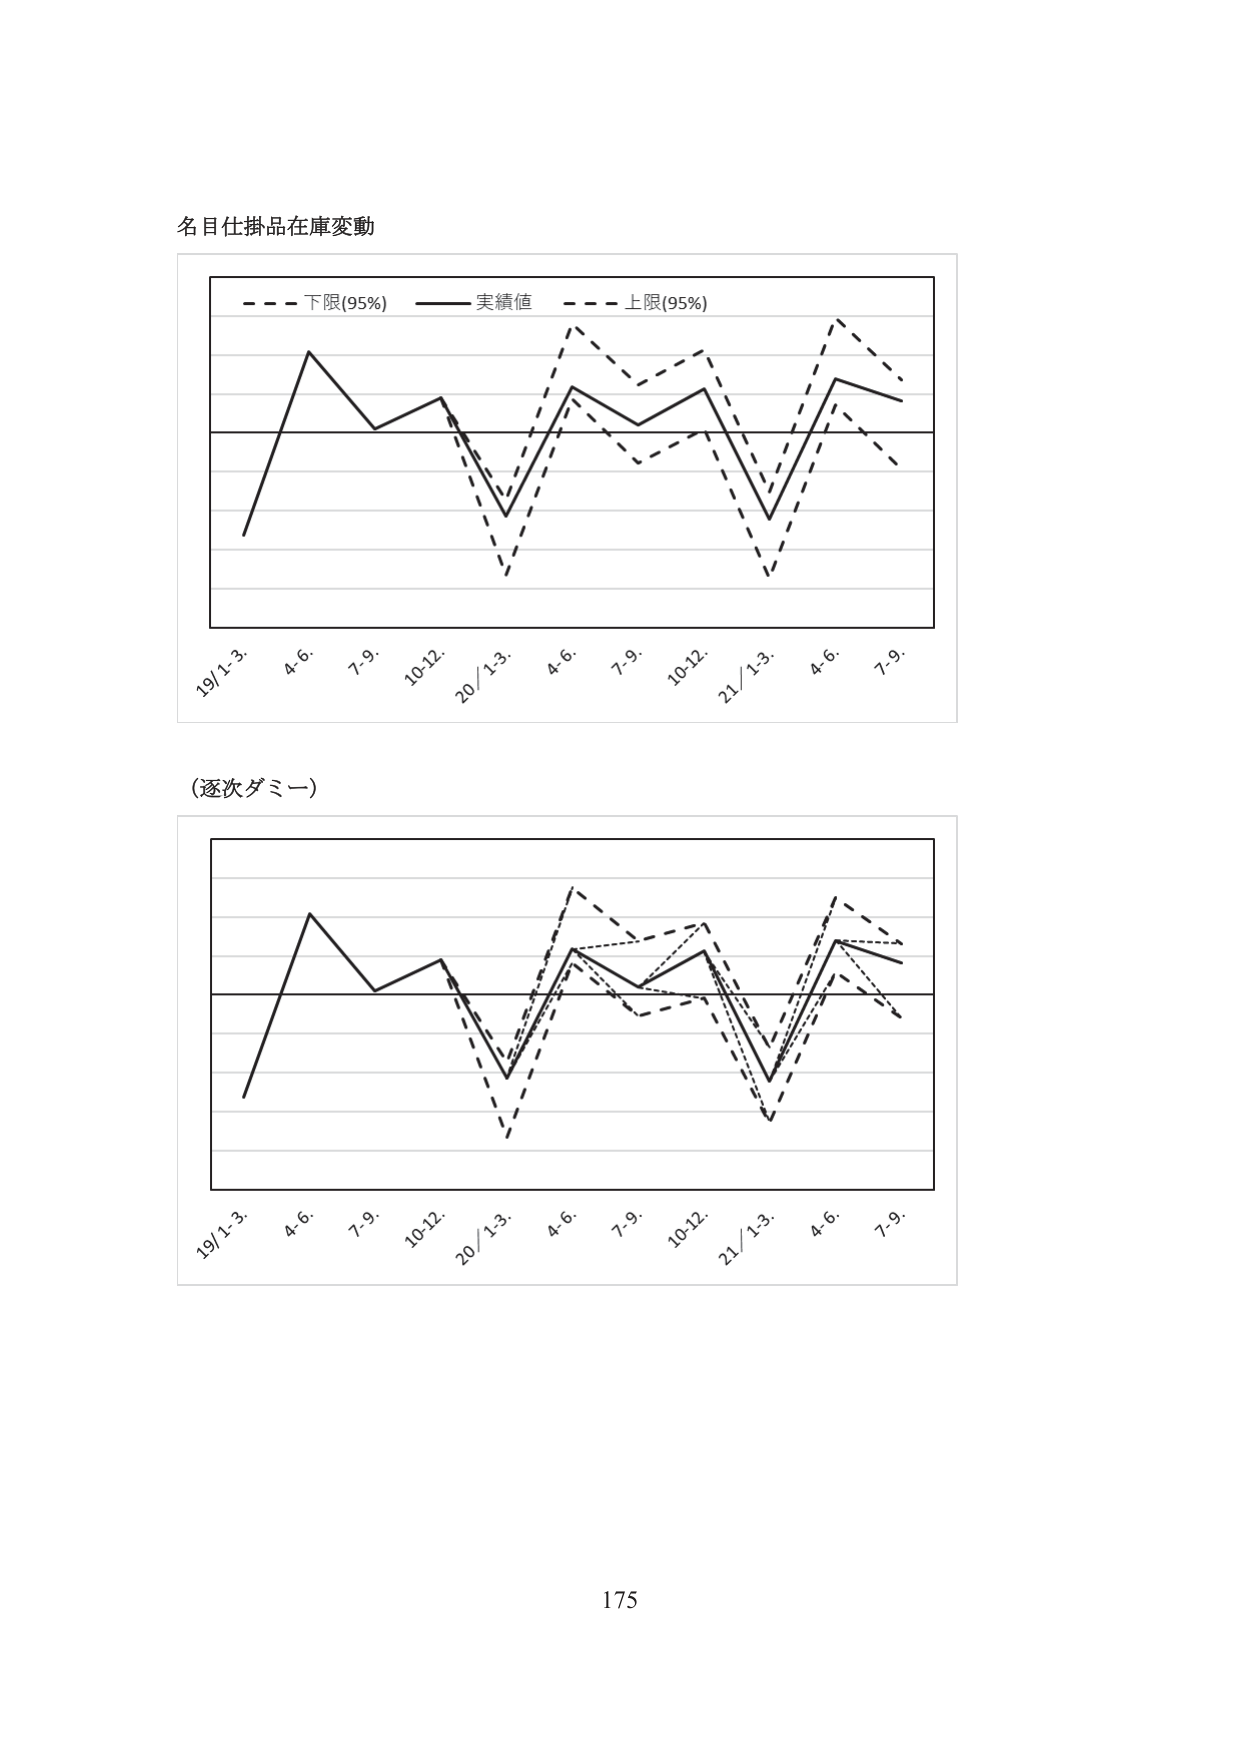
名目仕掛品在庫変動

- - - 下限(95%) —— 実績値 - - - 上限(95%)

19/1-3. 4-6. 7-9. 10-12. 20/1-3. 4-6. 7-9. 10-12. 21/1-3. 4-6. 7-9.

(逐次ダミー)

19/1-3. 4-6. 7-9. 10-12. 20/1-3. 4-6. 7-9. 10-12. 21/1-3. 4-6. 7-9.

175